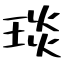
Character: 琰